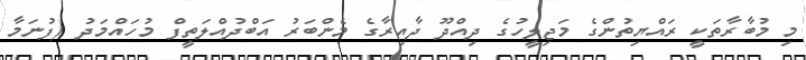
މި މުބާރާތަކީ ރައްޔިތުންގެ މަޖިލީހުގެ ދިއްދޫ ދާއިރާގެ މެންބަރު އަބްދުއްލަތީފް މުހައްމަދު (ފުނަމާ